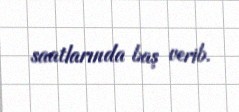
saatlarında baş verib.